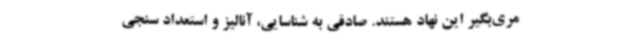
مری‌بگیر این نهاد هستند. صادقی به شناسایی، آنالیز و استعداد سنجی